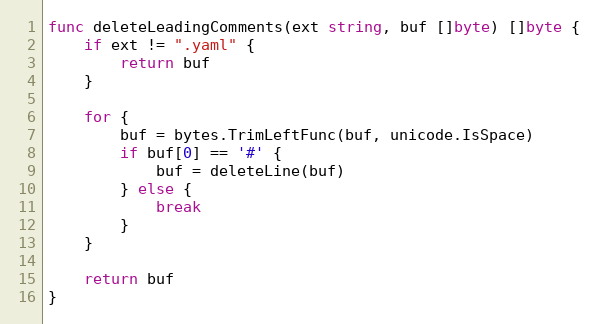
Language: Go
func deleteLeadingComments(ext string, buf []byte) []byte {
	if ext != ".yaml" {
		return buf
	}

	for {
		buf = bytes.TrimLeftFunc(buf, unicode.IsSpace)
		if buf[0] == '#' {
			buf = deleteLine(buf)
		} else {
			break
		}
	}

	return buf
}